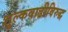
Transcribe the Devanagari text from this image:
शुल्कवाढीविरुद्ध